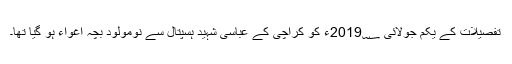
تفصیلات کے یکم جولائی 2019؁ء کو کراچی کے عباسی شہید ہسپتال سے نومولود بچہ اغواء ہو گیا تھا۔